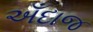
અઁદાજ